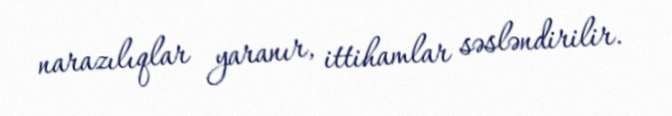
narazılıqlar yaranır, ittihamlar səsləndirilir.